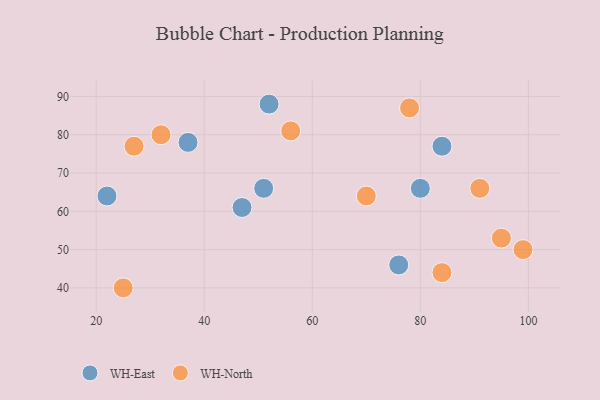
{"axis": {"x": "GDP", "y": "Life Expectancy"}, "legend": ["WH-East", "WH-North"], "data": [{"x": "51", "y": 66, "type": "WH-East"}, {"x": "22", "y": 64, "type": "WH-East"}, {"x": "76", "y": 46, "type": "WH-East"}, {"x": "52", "y": 88, "type": "WH-East"}, {"x": "80", "y": 66, "type": "WH-East"}, {"x": "47", "y": 61, "type": "WH-East"}, {"x": "84", "y": 77, "type": "WH-East"}, {"x": "37", "y": 78, "type": "WH-East"}, {"x": "32", "y": 80, "type": "WH-North"}, {"x": "95", "y": 53, "type": "WH-North"}, {"x": "70", "y": 64, "type": "WH-North"}, {"x": "99", "y": 50, "type": "WH-North"}, {"x": "25", "y": 40, "type": "WH-North"}, {"x": "84", "y": 44, "type": "WH-North"}, {"x": "91", "y": 66, "type": "WH-North"}, {"x": "27", "y": 77, "type": "WH-North"}, {"x": "56", "y": 81, "type": "WH-North"}, {"x": "78", "y": 87, "type": "WH-North"}]}